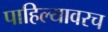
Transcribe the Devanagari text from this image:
पाहिल्यावरच